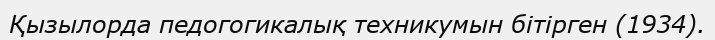
Қызылорда педогогикалық техникумын бітірген (1934).